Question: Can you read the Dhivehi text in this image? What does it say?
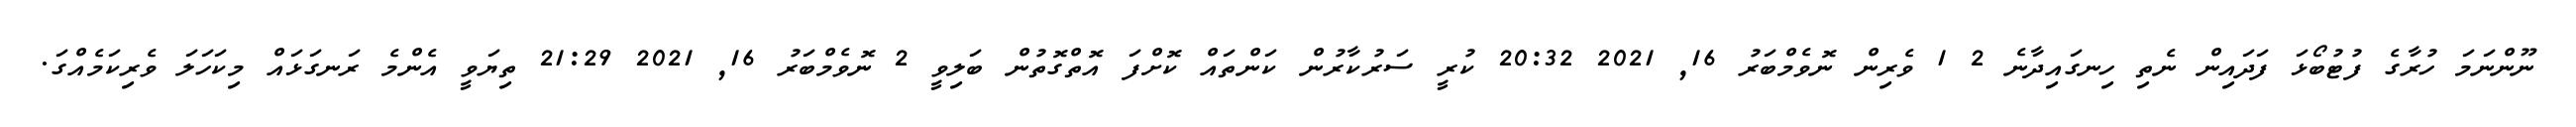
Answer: ނޫންނަމަ ހުރާގެ ފުޓުބޯޅަ ފަދައިން ނެތި ހިނގައިދާނެ 2 1 ވެރިން ނޮވެމްބަރު 16, 2021 20:32 ކުރީ ސަރުކާރުން ކަންތައް ކޮށްފަ އޮތްގޮތުން ބަލިވީ 2 ނޮވެމްބަރު 16, 2021 21:29 ތިޔަވީ އެންމެ ރަނގަޅައް މިކަހަލަ ވެރިކަމެއްގަ.